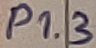
Text: P1.3